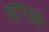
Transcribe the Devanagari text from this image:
लागाये